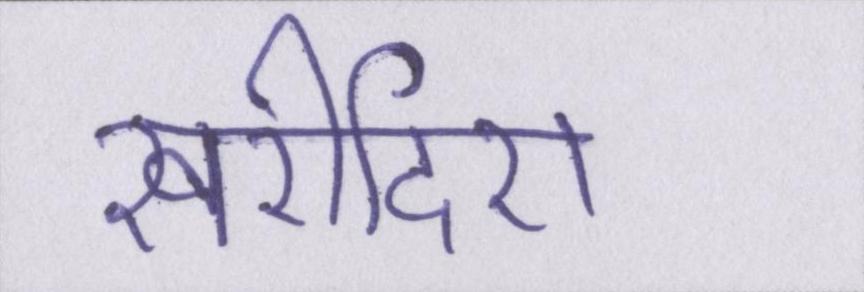
खरीदिए